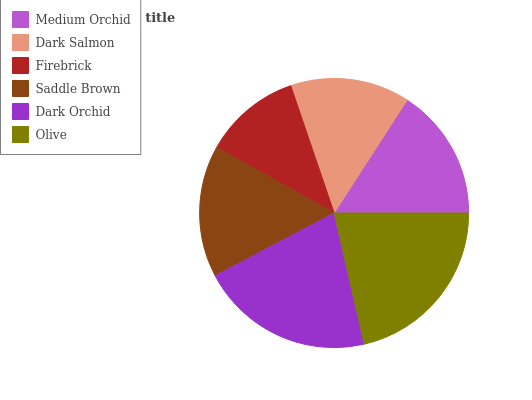
| Medium Orchid | Dark Salmon | Firebrick | Saddle Brown | Dark Orchid | Olive |
 | --- | --- | --- | --- | --- | --- |
 | 15.9% | 14.3% | 11.7% | 15.8% | 20.8% | 21.5% |